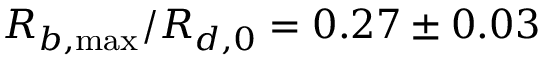
R _ { b , \operatorname* { m a x } } / R _ { d , 0 } = 0 . 2 7 \pm 0 . 0 3